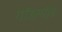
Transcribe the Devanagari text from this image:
गॉडस्पीड